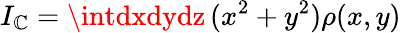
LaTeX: I_{\mathbb{C}}=\intdxdydz\, (x^{2}+y^{2})\rho(x,y)